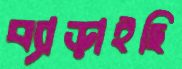
ব্যাড়াইছি